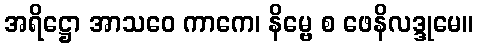
အရိဋ္ဌော အာသဝေ ကာကေ၊ နိမ္ဗေ စ ဖေနိလဒ္ဒုမေ။